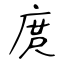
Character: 庹